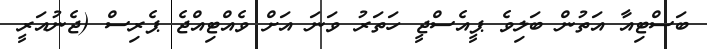
ބަސްޓިއާ އަތުން ބަލިވެ ޕީއެސްޖީ ހަތަރު ވަނަ އަށް ވެއްޓިއްޖެ ޕެރިސް (ޖެނުއަރީ